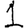
Digit: 1